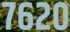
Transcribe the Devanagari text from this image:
७६२०